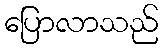
ပြောလာသည်